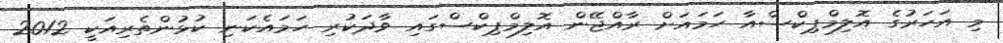
މި އަހަރުގެ އޮލިމްޕިކްސްއާ ހަމައަށް ރާއްޖޭން އޮލިމްޕިކްސްގައި ވާދަކުރި ހަމައެކަނި ކުޅުންތެރިއަކީ 2012